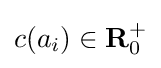
c(a_{i})\in {\mathbf {R} }_{0}^{+}